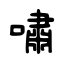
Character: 嘯